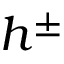
h ^ { \pm }